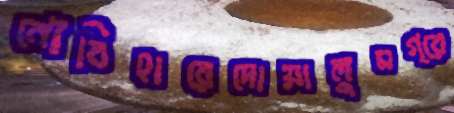
নৌবিহারেদোয়ালুমগ্রে